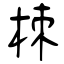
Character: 栜